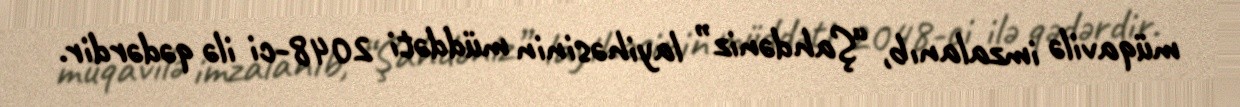
müqavilə imzalanıb, “Şahdəniz” layihəsinin müddəti 2048-ci ilə qədərdir.